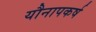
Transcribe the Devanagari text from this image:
यौनापकर्ष